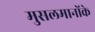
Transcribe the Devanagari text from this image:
मुसलमानोंके